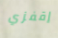
إقفزي